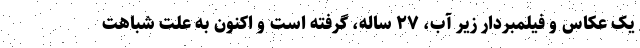
یک عکاس و فیلمبردار زیر آب، ۲۷ ساله، گرفته است و اکنون به علت شباهت